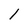
Character: l